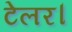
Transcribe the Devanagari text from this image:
टेलर।